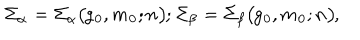
LaTeX: \mit \Sigma _ { \alpha } = \mit \Sigma _ { \alpha } ( g _ { 0 } , m _ { 0 } ; n ) ; \mit \Sigma _ { \beta } = \mit \Sigma _ { \beta } ( g _ { 0 } , m _ { 0 } ; n ) ,